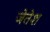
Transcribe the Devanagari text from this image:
जेतेश